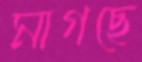
মাগছে